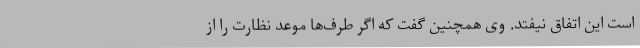
است این اتفاق نیفتد. وی همچنین گفت که اگر طرف‌ها موعد نظارت را از